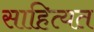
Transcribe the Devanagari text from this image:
साहित्यत